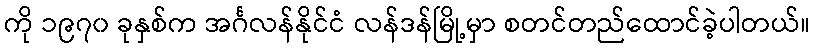
ကို ၁၉၇၀ ခုနှစ်က အင်္ဂလန်နိုင်ငံ လန်ဒန်မြို့မှာ စတင်တည်ထောင်ခဲ့ပါတယ်။